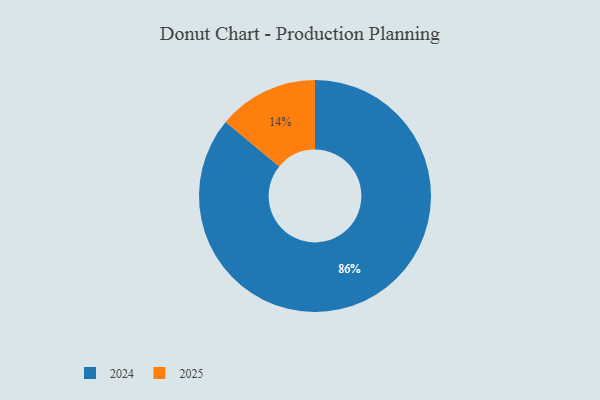
{"axis": {"x": "Category", "y": "Percentage"}, "legend": ["2024", "2025"], "data": [{"x": "2025", "y": 14, "type": "2025"}, {"x": "2024", "y": 86, "type": "2024"}]}